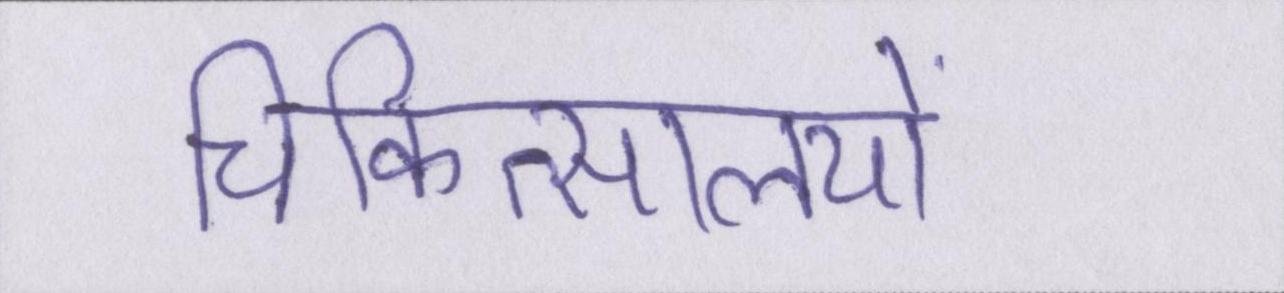
चिकित्सालयों